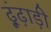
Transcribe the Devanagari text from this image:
ढ़ूंढ़ाड़ी